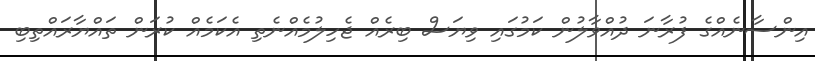
އިންސާނެއްގެ ފުރާނަ ދުއްވާލުން ކަމުގައި ވިޔަސް ބިރެއް ޖެހިލުމެއްނެތި އެކަމެއް ކުރަން ތައްޔާރައްތިބި